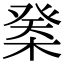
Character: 𣔽